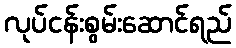
လုပ်ငန်းစွမ်းဆောင်ရည်